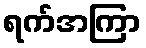
ရက်အကြာ